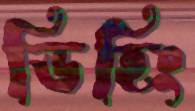
ডিহিং